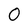
Character: 0